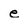
Character: e